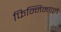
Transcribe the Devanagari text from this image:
फिन्निन्गले